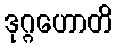
ဒုဂ္ဂဟောတိ